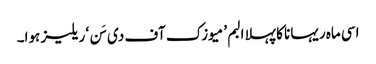
اسی ماہ ریہانا کا پہلا البم ’میوزک آف دی سَن‘ ریلیز ہوا۔